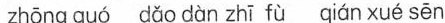
zhōng gué dǚc dùn zhī fù ián xuá sēn